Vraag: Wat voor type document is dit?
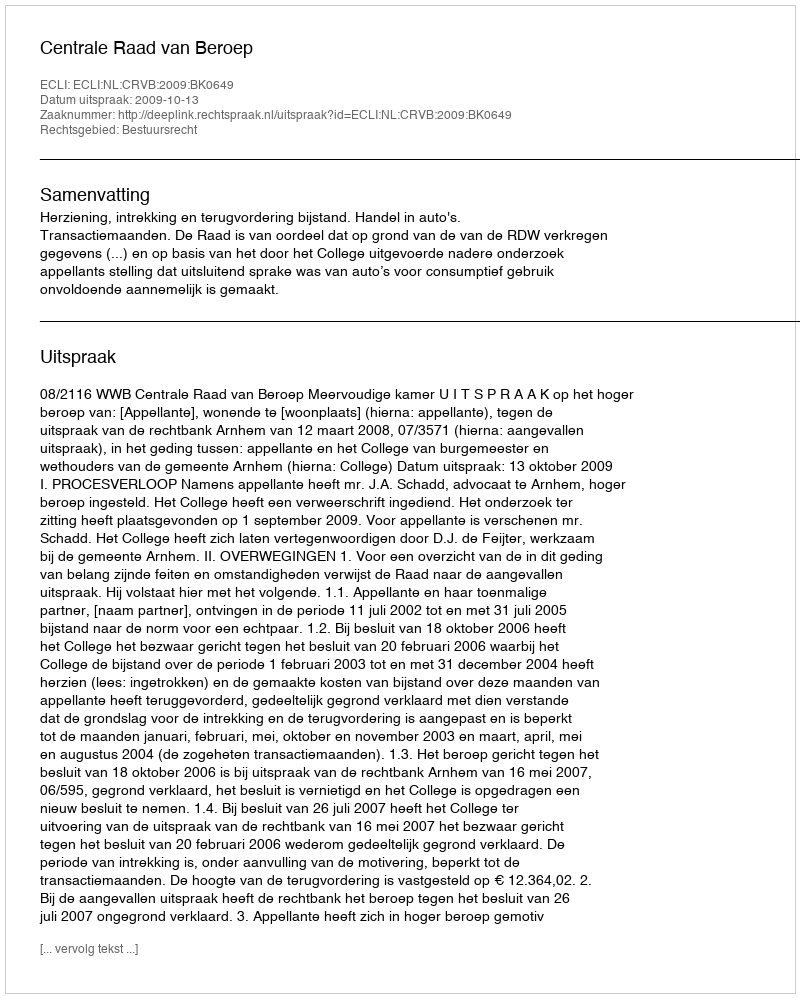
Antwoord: Uitspraak